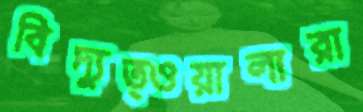
বিদ্যুত্ওয়ালারা